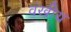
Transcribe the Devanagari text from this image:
वंखीय